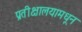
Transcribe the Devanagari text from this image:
प्रतीक्षालयामधून